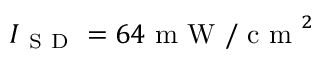
I _ { \mathrm { ~ S ~ D ~ } } = 6 4 \mathrm { ~ m ~ W ~ / ~ c ~ m ~ } ^ { 2 }